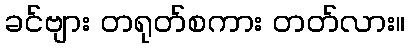
ခင်ဗျား တရုတ်စကား တတ်လား။